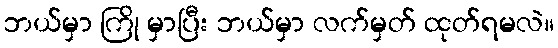
ဘယ်မှာ ကြို မှာပြီး ဘယ်မှာ လက်မှတ် ထုတ်ရမလဲ။